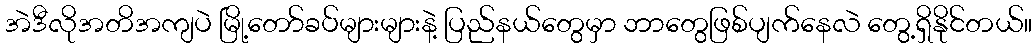
အဲဒီလိုအတိအကျပဲ မြို့တော်ခပ်များများနဲ့ ပြည်နယ်တွေမှာ ဘာတွေဖြစ်ပျက်နေလဲ တွေ့ရှိနိုင်တယ်။